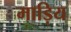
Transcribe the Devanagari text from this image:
माड़िय